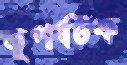
ভূপর্যটক